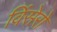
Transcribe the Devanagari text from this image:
विंसेरो